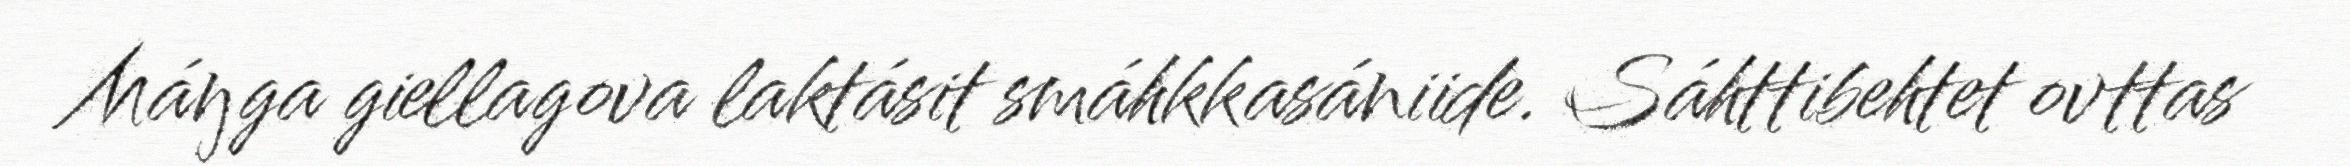
Máŋga giellagova laktásit smáhkkasániide. Sáhttibehtet ovttas